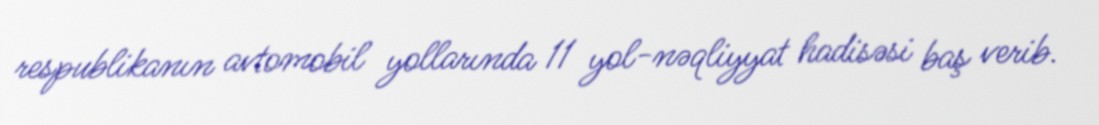
respublikanın avtomobil yollarında 11 yol-nəqliyyat hadisəsi baş verib.